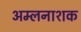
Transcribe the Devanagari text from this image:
अम्लनाशक